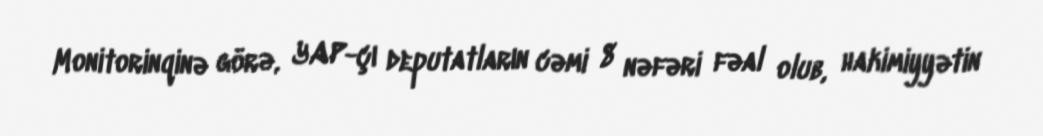
Monitorinqinə görə, YAP-çı deputatların cəmi 8 nəfəri fəal olub, hakimiyyətin